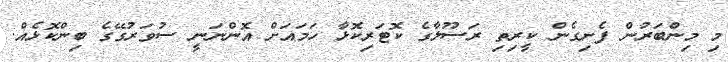
މި މިންބަރުން ފެށިގެން ކީރިތި ރަސޫލާގެ ކޮޓަރިކޮޅާ ހަމައަށް އޮންނަނީ ސުވަރުގޭގެ ބިންކޮޅެއް.